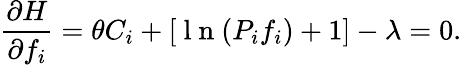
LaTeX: \frac{\partial H}{\partial f_{i}}=\theta C_{i}+\left[\mathrm{~l~n~}(P_{i}f_{i})+1\right]-\lambda=0.